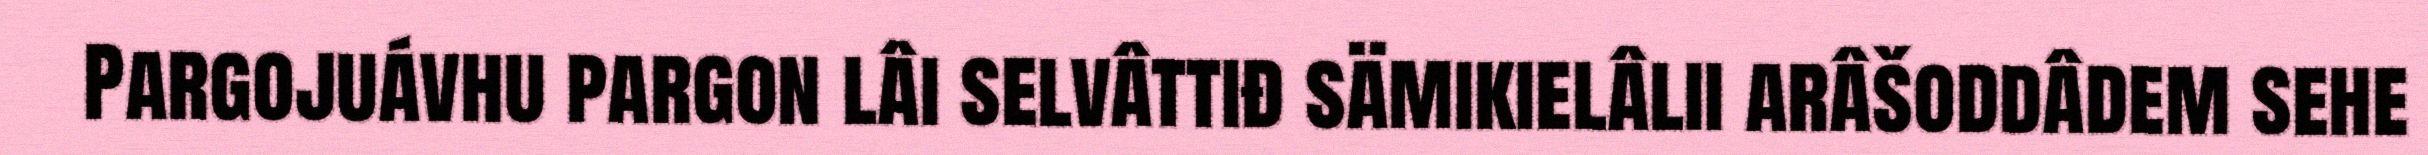
Pargojuávhu pargon lâi selvâttiđ sämikielâlii arâšoddâdem sehe